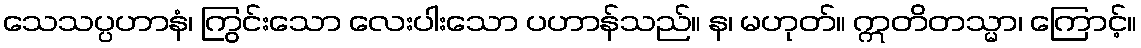
သေသပ္ပဟာနံ၊ ကြွင်းသော လေးပါးသော ပဟာန်သည်။ န၊ မဟုတ်။ ဣတိတသ္မာ၊ ကြောင့်။